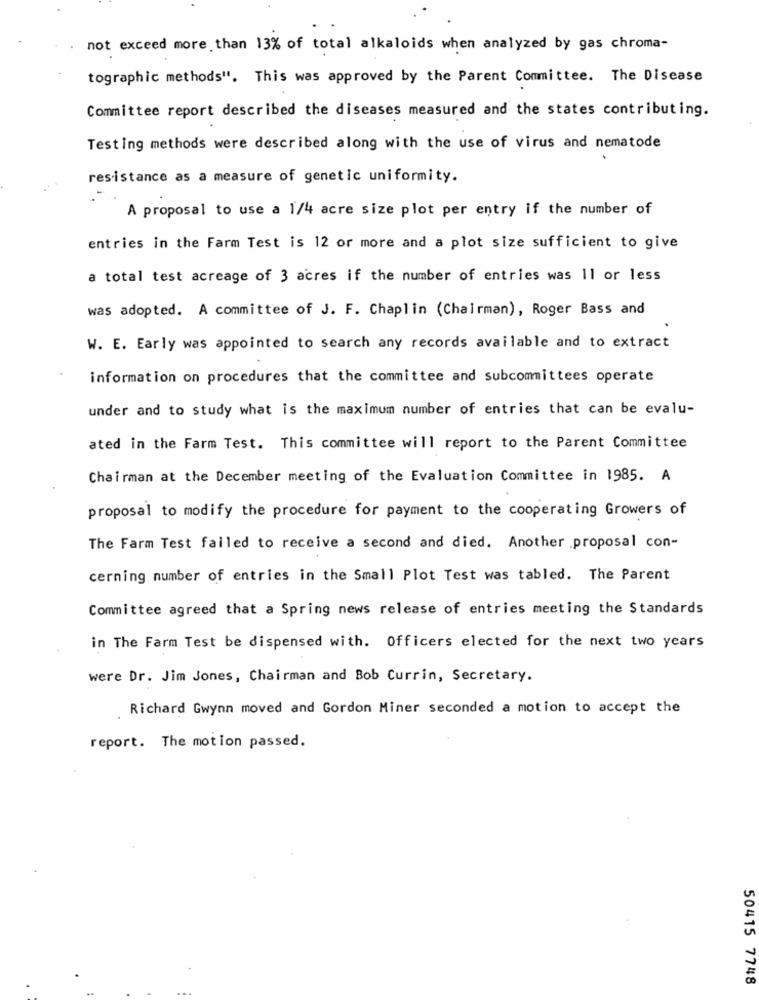
not exceed more than 13% of total alkaloids when analyzed by gas chroma-
tographic methods". This was approved by the Parent Committee. The Disease
Committee report described the diseases measured and the states contributing.
Testing methods were described along with the use of virus and nematode
resistance as a measure of genetic uniformity.
A proposal to use a 1/4 acre size plot per entry if the number of
entries in the Farm Test is 12 or more and a plot size sufficient to give
a total test acreage of 3 acres if the number of entries was 11 or less
was adopted. A committee of J. F. Chaplin (Chairman), Roger Bass and
W. E. Early was appointed to search any records available and to extract
information on procedures that the committee and subcommittees operate
under and to study what is the maximum number of entries that can be evalu-
ated in the Farm Test. This committee will report to the Parent Committee
Chairman at the December meeting of the Evaluation Committee in 1985. A
proposal to modify the procedure for payment to the cooperating Growers of
The Farm Test failed to receive a second and died. Another proposal con-
cerning number of entries in the Small Plot Test was tabled. The Parent
Committee agreed that a Spring news release of entries meeting the Standards
in The Farm Test be dispensed with. Officers elected for the next two years
were Dr. Jim Jones, Chairman and Bob Currin, Secretary.
Richard Gwynn moved and Gordon Miner seconded a motion to accept the
report. The motion passed.
50415 7748